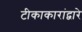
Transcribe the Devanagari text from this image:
टीकाकारांद्वारे